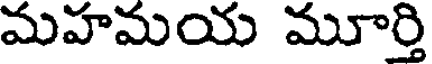
మహమయ మూర్తి